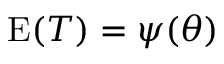
\operatorname { E } ( T ) = \psi ( \theta )